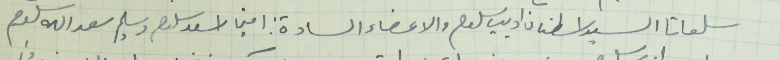
سلعاتا السيد اسطفان اديب سلوم والاعضاء السادة : امين اسعد سلوم وسليم سعدالله سلوم